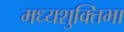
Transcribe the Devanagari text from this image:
मध्यशुक्तिभा